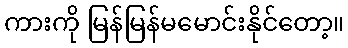
ကားကို မြန်မြန်မမောင်းနိုင်တော့။